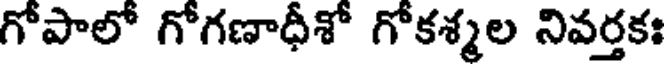
గోపాలో గోగణాధీశో గోకశ్మల నివర్తకః